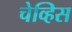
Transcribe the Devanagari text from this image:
चेव्हिस